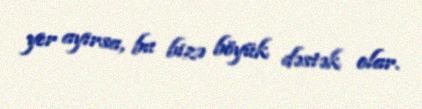
yer ayırsa, bu bizə böyük dəstək olar.